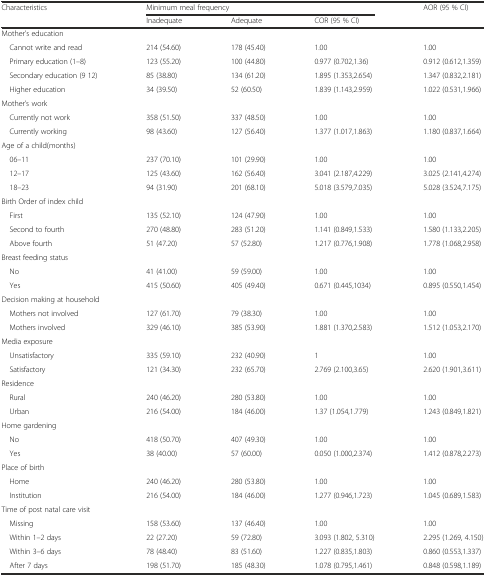
<table><thead><tr><td rowspan="2"><b>Characteristics</b></td><td colspan="3"><b>Minimum meal frequency</b></td><td rowspan="2"><b>AOR (95 % CI)</b></td></tr><tr><td><b>Inadequate</b></td><td><b>Adequate</b></td><td><b>COR (95 % CI)</b></td></tr></thead><tbody><tr><td colspan="5">Mother&#x27;s education</td></tr><tr><td> Cannot write and read</td><td>214 (54.60)</td><td>178 (45.40)</td><td>1.00</td><td>1.00</td></tr><tr><td> Primary education (1–8)</td><td>123 (55.20)</td><td>100 (44.80)</td><td>0.977 (0.702,1.36)</td><td>0.912 (0.612,1.359)</td></tr><tr><td> Secondary education (9 12)</td><td>85 (38.80)</td><td>134 (61.20)</td><td>1.895 (1.353,2.654)</td><td>1.347 (0.832,2.181)</td></tr><tr><td> Higher education</td><td>34 (39.50)</td><td>52 (60.50)</td><td>1.839 (1.143,2.959)</td><td>1.022 (0.531,1.966)</td></tr><tr><td colspan="5">Mother’s work</td></tr><tr><td> Currently not work</td><td>358 (51.50)</td><td>337 (48.50)</td><td>1.00</td><td>1.00</td></tr><tr><td> Currently working</td><td>98 (43.60)</td><td>127 (56.40)</td><td>1.377 (1.017,1.863)</td><td>1.180 (0.837,1.664)</td></tr><tr><td colspan="5">Age of a child(months)</td></tr><tr><td> 06–11</td><td>237 (70.10)</td><td>101 (29.90)</td><td>1.00</td><td>1.00</td></tr><tr><td> 12–17</td><td>125 (43.60)</td><td>162 (56.40)</td><td>3.041 (2.187,4.229)</td><td>3.025 (2.141,4.274)</td></tr><tr><td> 18–23</td><td>94 (31.90)</td><td>201 (68.10)</td><td>5.018 (3.579,7.035)</td><td>5.028 (3.524,7.175)</td></tr><tr><td colspan="5">Birth Order of index child</td></tr><tr><td> First</td><td>135 (52.10)</td><td>124 (47.90)</td><td>1.00</td><td>1.00</td></tr><tr><td> Second to fourth</td><td>270 (48.80)</td><td>283 (51.20)</td><td>1.141 (0.849,1.533)</td><td>1.580 (1.133,2.205)</td></tr><tr><td> Above fourth</td><td>51 (47.20)</td><td>57 (52.80)</td><td>1.217 (0.776,1.908)</td><td>1.778 (1.068,2.958)</td></tr><tr><td colspan="5">Breast feeding status</td></tr><tr><td> No</td><td>41 (41.00)</td><td>59 (59.00)</td><td>1.00</td><td>1.00</td></tr><tr><td> Yes</td><td>415 (50.60)</td><td>405 (49.40)</td><td>0.671 (0.445,1034)</td><td>0.895 (0.550,1.454)</td></tr><tr><td colspan="5">Decision making at household</td></tr><tr><td> Mothers not involved</td><td>127 (61.70)</td><td>79 (38.30)</td><td>1.00</td><td>1.00</td></tr><tr><td> Mothers involved</td><td>329 (46.10)</td><td>385 (53.90)</td><td>1.881 (1.370,2.583)</td><td>1.512 (1.053,2.170)</td></tr><tr><td colspan="5">Media exposure</td></tr><tr><td> Unsatisfactory</td><td>335 (59.10)</td><td>232 (40.90)</td><td>1</td><td>1.00</td></tr><tr><td> Satisfactory</td><td>121 (34.30)</td><td>232 (65.70)</td><td>2.769 (2.100,3.65)</td><td>2.620 (1.901,3.611)</td></tr><tr><td colspan="5">Residence</td></tr><tr><td> Rural</td><td>240 (46.20)</td><td>280 (53.80)</td><td>1.00</td><td>1.00</td></tr><tr><td> Urban</td><td>216 (54.00)</td><td>184 (46.00)</td><td>1.37 (1.054,1.779)</td><td>1.243 (0.849,1.821)</td></tr><tr><td colspan="5">Home gardening</td></tr><tr><td> No</td><td>418 (50.70)</td><td>407 (49.30)</td><td>1.00</td><td>1.00</td></tr><tr><td> Yes</td><td>38 (40.00)</td><td>57 (60.00)</td><td>0.050 (1.000,2.374)</td><td>1.412 (0.878,2.273)</td></tr><tr><td colspan="5">Place of birth</td></tr><tr><td> Home</td><td>240 (46.20)</td><td>280 (53.80)</td><td>1.00</td><td>1.00</td></tr><tr><td> Institution</td><td>216 (54.00)</td><td>184 (46.00)</td><td>1.277 (0.946,1.723)</td><td>1.045 (0.689,1.583)</td></tr><tr><td colspan="5">Time of post natal care visit</td></tr><tr><td> Missing</td><td>158 (53.60)</td><td>137 (46.40)</td><td>1.00</td><td>1.00</td></tr><tr><td> Within 1–2 days</td><td>22 (27.20)</td><td>59 (72.80)</td><td>3.093 (1.802, 5.310)</td><td>2.295 (1.269, 4.150)</td></tr><tr><td> Within 3–6 days</td><td>78 (48.40)</td><td>83 (51.60)</td><td>1.227 (0.835,1.803)</td><td>0.860 (0.553,1.337)</td></tr><tr><td> After 7 days</td><td>198 (51.70)</td><td>185 (48.30)</td><td>1.078 (0.795,1.461)</td><td>0.848 (0.598,1.189)</td></tr></tbody></table>